Civil Veterinary Dept. North-West Frontier Province 1901-22 - 1901-1922
Year: 1901
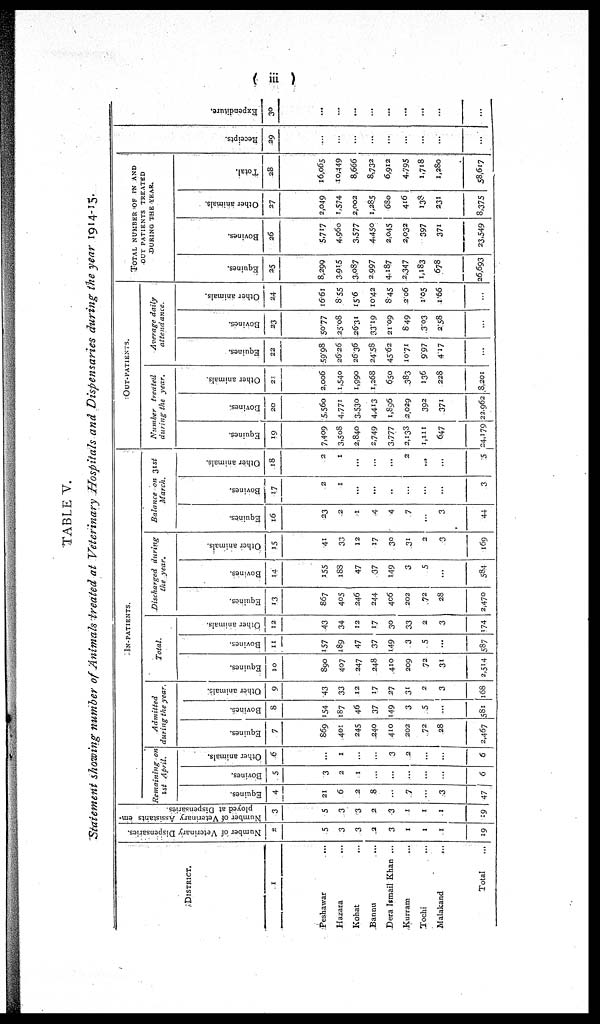
(iii)
TABLE V.
Statement showing number of Animals treated at Veterinary Hospitals and Dispensaries during the year 1914-15.
DISTRICT.
1
Peshawar
...
Hazara
...
Kohat …
Bannu
...
Dera Ismail Khan ...
Kurram
...
Tochi ...
Malakand
....
Total …
Number of Veterinary Dispensaries.
2
5
3
3
2
3
1
1
1
19
Number of Veterinary Assistants em-
ployed at Dispensaries.
3
5
3
3
2
1
1
1
1
19
IN-PATIENTS.
Remaining on 1st April.
Equines.
4
21
6
2
8
…
7
…
3
47
Bovines.
5
3
2
1
…
…
…
…
…
6
Other animals.
6
…
1
...
…
3
2
…
…
6
Admitted during the year.
Equines.
7
869
401
245
240
410
202
72
28
2,467
Bovines.
8
154
187
46
37
149
3
5
…
581
Other animals.
9
43
33
12
17
27
31
2
3
168
Total.
Equines.
10
890
407
247
248
410
209
72
31
2,514
Bovines.
11
157
189
47
37
149
3
5
…
587
Other animals.
12
43
34
12
17
30
33
2
3
174
Discharged during the year.
Equines.
13
867
405
246
244
406
202
72
28
2,470
Bovines.
14
155
188
47
37
149
3
5
...
584
Other animals.
15
41
33
12
17
30
31
2
3
169
Balance on 31st March.
Equine.
16
23
2
1
4
4
7
...
3
44
Bovines.
17
2
1
...
...
…
…
…
…
3
Other animals.
18
2
1
...
...
...
2
...
...
5
OUT-PATIENTS.
Number treated during the year.
Equines.
19
7,409
3,503
2,840
2,749
3.777
2,133
1,111
647
24,179
Bovines.
20
5,560
4,771
3,530
4,413
1,895
2,029
392
371
22.962
Other animals.
2:
2,006
1,540
1,990
1,268
650
383
136
228
8,201
Average daily attendance.
Equines.
22
59.98
26.26
26.36
24.58
45.62
10.71
9.97
4.17
...
Bovines.
23
50.77
25.08
26.31
33.19
21.09
8.49
3.03
2.58
…
Other animals.
24
16.61
8.55
15.6
10.42
8.45
2.06
1.05
1.66
...
TOTAL NUMBER OF IN AND
OUT PATIENTS TREATED
DURING THE YEAR.
Equines.
25
8,299
3.915
3,087
2.997
4,187
2,347
1,183
678
26,693
Bovines.
26
5,717
4,960
3,577
4,450
2,045
2,032
397
371
23,549
Other animals.
27
2,049
1,574
2,002
1,285
680
416
138
231
8,375
Total.
28
16,065
10,449
8,666
8,732
6,912
4,795
1,718
1,280
58,617
Recei pt s .
29
…
…
…
…
…
…
…
…
Expe ndi t
ur e .
30
…
....
...
...
...
...
...
...
...